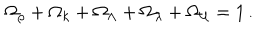
\Omega _ { \rho } + \Omega _ { k } + \Omega _ { \Lambda } + \Omega _ { \lambda } + \Omega _ { \cal U } = 1 \, .